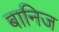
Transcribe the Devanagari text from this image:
बानिज